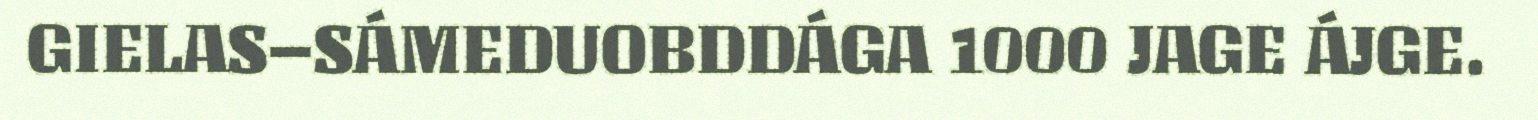
GIELAS–SÁMEDUOBDDÁGA 1000 JAGE ÁJGE.